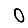
Digit: 0